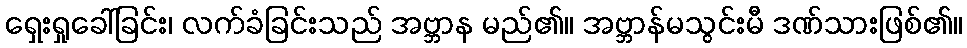
ရှေးရှုခေါ်ခြင်း၊ လက်ခံခြင်းသည် အဗ္ဘာန မည်၏။ အဗ္ဘာန်မသွင်းမီ ဒဏ်သားဖြစ်၏။